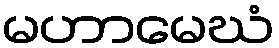
မဟာမေဃံ